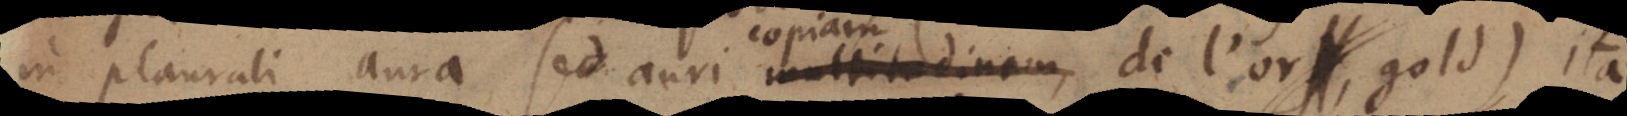
in plurali aura sed auri multitudinem,, de l’or, gold), ita